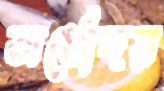
অর্ধোদয়